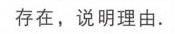
存在，说明理由.